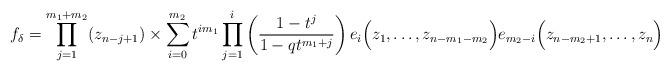
LaTeX: \begin{align*}f_{\delta}=\prod_{j=1}^{m_1+m_2}(z_{n-j+1})\times\sum_{i=0}^{m_2}t^{i m_1}\prod_{j=1}^{i}\left(\frac{1-t^j}{1-qt^{m_1+j}}\right)e_i\Big(z_1,\dots,z_{n-m_1-m_2}\Big)e_{m_2-i}\Big(z_{n-m_2+1},\dots,z_n\Big)\end{align*}